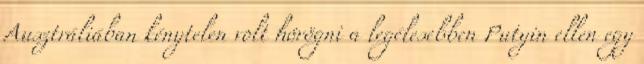
Ausztráliában kénytelen volt hörögni a legélesebben Putyin ellen egy